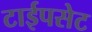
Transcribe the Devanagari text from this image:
टाईपसेट